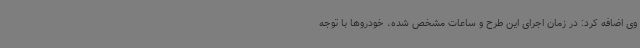
وی اضافه کرد: در زمان اجرای این طرح و ساعات مشخص شده، خودروها با توجه